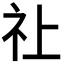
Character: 𮁞